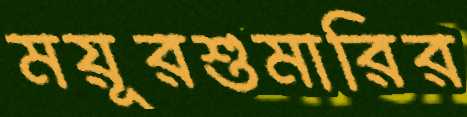
ময়ূরশুমারির